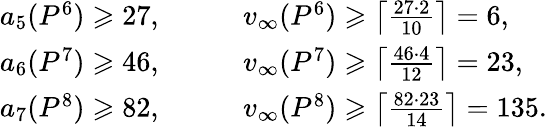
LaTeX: \begin{array}{rl}{a_{5}(P^{6})\geqslant 27,\qquad}&{v_{\infty}(P^{6})\geqslant\left\lceil\frac{27\cdot 2}{10}\right\rceil=6,}\\ {a_{6}(P^{7})\geqslant 46,\qquad}&{v_{\infty}(P^{7})\geqslant\left\lceil\frac{46\cdot 4}{12}\right\rceil=23,}\\ {a_{7}(P^{8})\geqslant 82,\qquad}&{v_{\infty}(P^{8})\geqslant\left\lceil\frac{82\cdot 23}{14}\right\rceil=135.}\end{array}